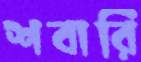
শবারি